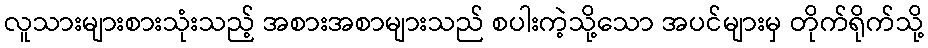
လူသားများစားသုံးသည့် အစားအစာများသည် စပါးကဲ့သို့သော အပင်များမှ တိုက်ရိုက်သို့